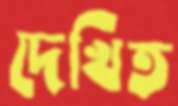
দেখিত